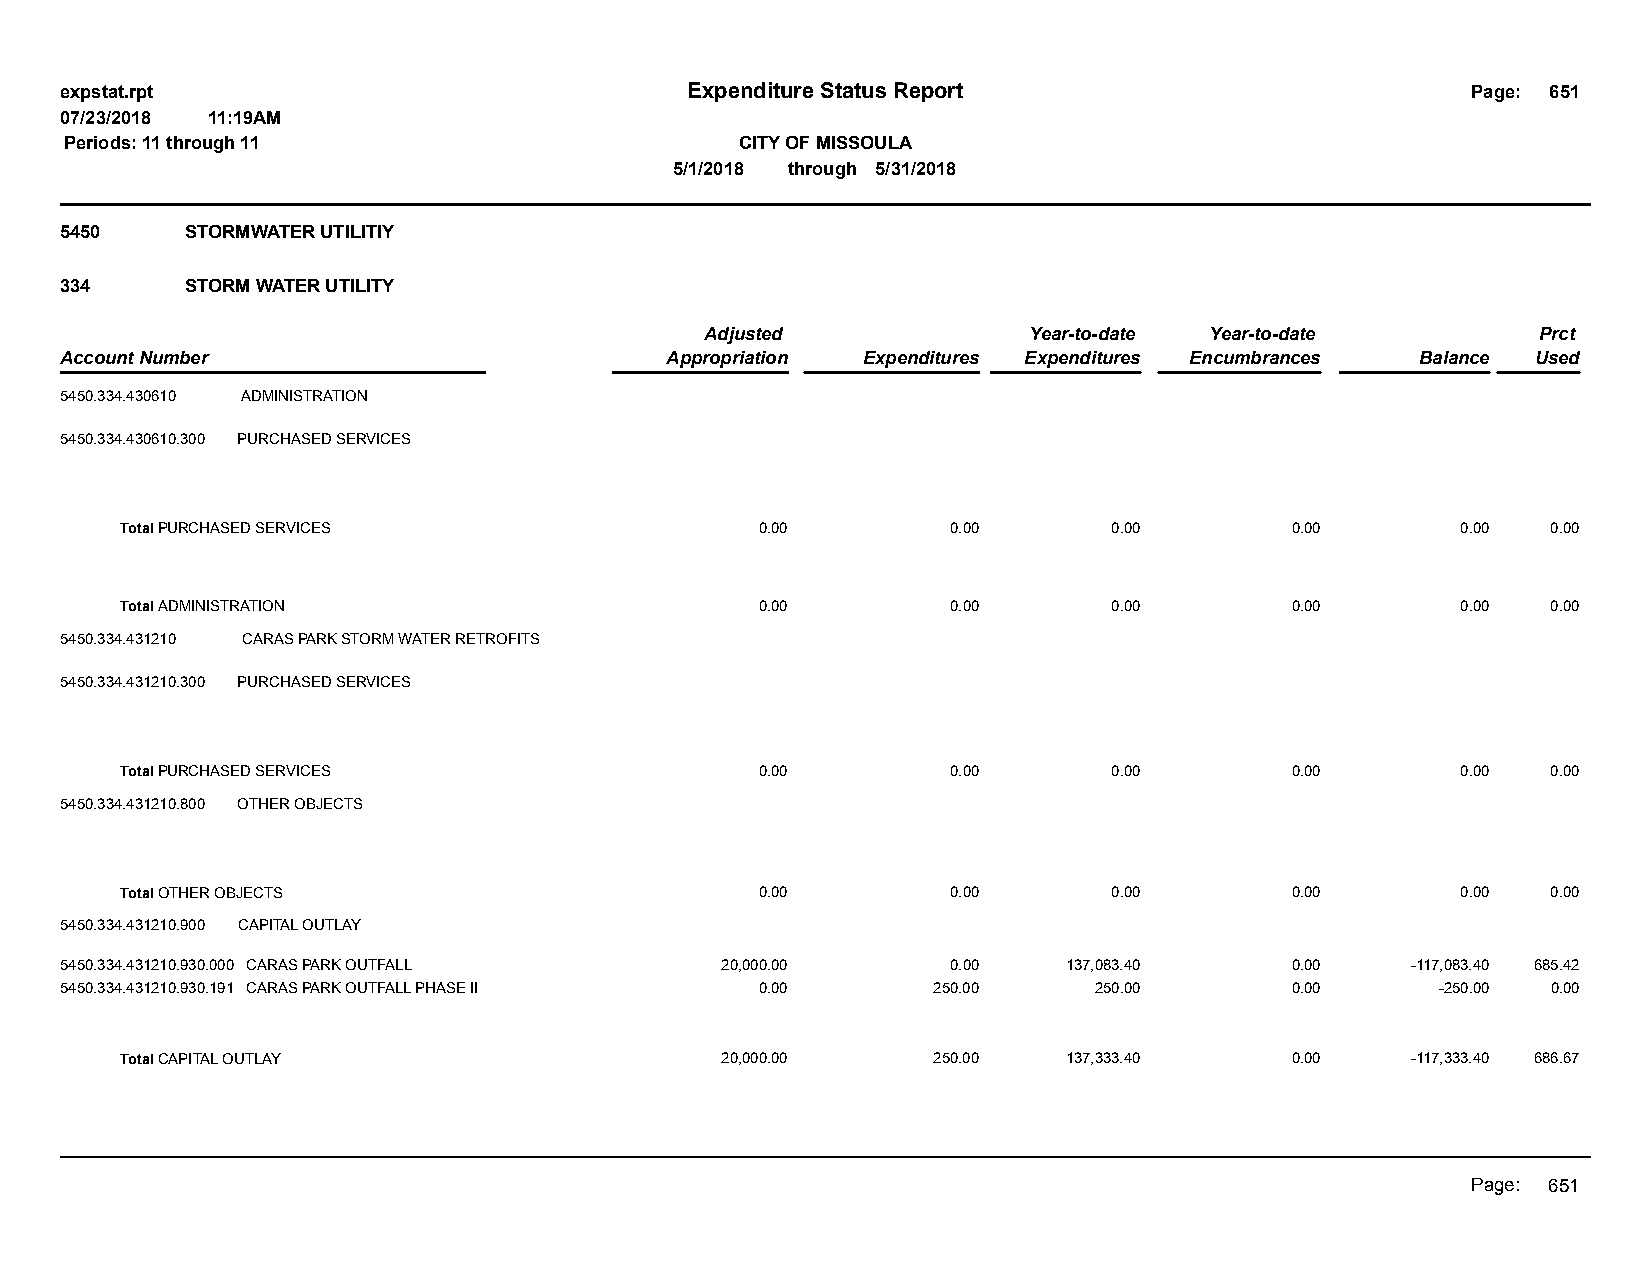
expstat.rpt                              Expenditure Status Report                           Page: 651
 07/23/2018 11:19AM
 Periods: 11 through 11                       CITY OF MISSOULA
 5/1/2018 through 5/31/2018
 5450    STORMWATER UTILITIY
 334     STORM WATER UTILITY
 Adjusted             Year-to-date Year-to-date         Prct
 Account Number                          Appropriation Expenditures Expenditures Encumbrances Balance Used
 5450.334.430610 ADMINISTRATION
 5450.334.430610.300 PURCHASED SERVICES
 Total PURCHASED SERVICES                  0.00         0.00       0.00       0.00        0.00  0.00
 Total ADMINISTRATION                      0.00         0.00       0.00       0.00        0.00  0.00
 5450.334.431210 CARAS PARK STORM WATER RETROFITS
 5450.334.431210.300 PURCHASED SERVICES
 Total PURCHASED SERVICES                  0.00         0.00       0.00       0.00        0.00  0.00
 5450.334.431210.800 OTHER OBJECTS
 Total OTHER OBJECTS                       0.00         0.00       0.00       0.00        0.00  0.00
 5450.334.431210.900 CAPITAL OUTLAY
 5450.334.431210.930.000 CARAS PARK OUTFALL  20,000.00      0.00    137,083.40    0.00    -117,083.40 685.42
 5450.334.431210.930.191 CARAS PARK OUTFALL PHASE II 0.00  250.00    250.00       0.00      -250.00 0.00
 Total CAPITAL OUTLAY                    20,000.00     250.00   137,333.40    0.00    -117,333.40 686.67
 Page: 651